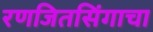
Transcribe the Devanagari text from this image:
रणजितसिंगाचा